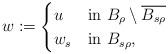
LaTeX: \begin{align*} w := \begin{cases} u & \mbox{in } B_\rho \setminus \overline{B_{s\rho}}\\ w_s & \mbox{in } B_{s\rho}, \end{cases} \end{align*}